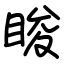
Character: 睃